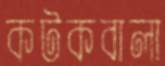
কটকবালা